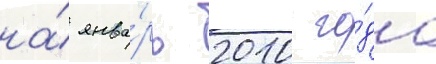
на́ янва́рь 2010 го́да